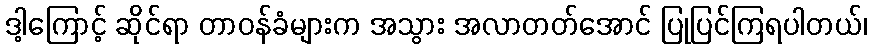
ဒါ့ကြောင့် ဆိုင်ရာ တာဝန်ခံများက အသွား အလာတတ်အောင် ပြုပြင်ကြရပါတယ်၊